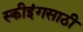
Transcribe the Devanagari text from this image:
स्कीइंगसाठी